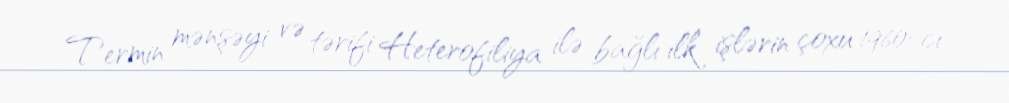
Termin mənşəyi və tərifi Heterofiliya ilə bağlı ilk işlərin çoxu 1960-cı